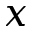
\boldsymbol { x }